Indian journal of veterinary science and animal husbandry - Volumes 15-17, 1948-1951
Year: 1948
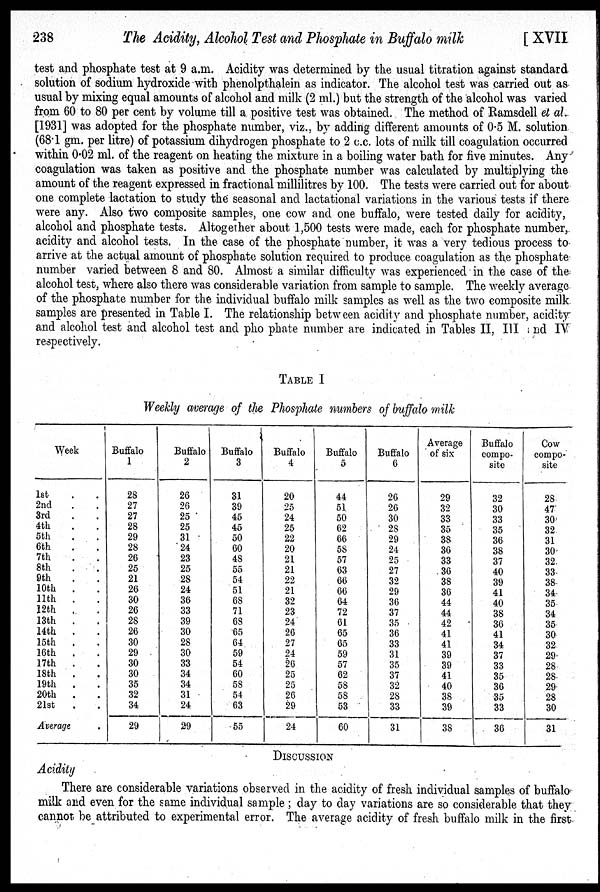
238
The Acidity, Alcohol Test and Phosphate in Buffalo milk
[ XVII
test and phosphate test at 9 a.m. Acidity was determined by the usual titration against standard
solution of sodium hydroxide with phenolpthalein as indicator. The alcohol test was carried out as
usual by mixing equal amounts of alcohol and milk (2 ml.) but the strength of the alcohol was varied
from 60 to 80 per cent by volume till a positive test was obtained. The method of Ramsdell et al.
[1931] was adopted for the phosphate number, viz., by adding different amounts of 0.5 M. solution.
(68.1 gm. per litre) of potassium dihydrogen phosphate to 2 c.c. lots of milk till coagulation occurred
within 0.02 ml. of the reagent on heating the mixture in a boiling water bath for five minutes. Any
coagulation was taken as positive and the phosphate number was calculated by multiplying the
amount of the reagent expressed in fractional millilitres by 100. The tests were carried out for about
one complete lactation to study the seasonal and lactational variations in the various tests if there
were any. Also two composite samples, one cow and one buffalo, were tested daily for acidity,
alcohol and phosphate tests. Altogether about 1,500 tests were made, each for phosphate number,
acidity and alcohol tests. In the case of the phosphate number, it was a very tedious process to
arrive at the actual amount of phosphate solution required to produce coagulation as the phosphate-
number varied between 8 and 80. Almost a similar difficulty was experienced in the case of the
alcohol test, where also there was considerable variation from sample to sample. The weekly average
of the phosphate number for the individual buffalo milk samples as well as the two composite milk
samples are presented in Table I. The relationship between acidity and phosphate number, acidity
and alcohol test and alcohol test and pho phate number are indicated in Tables II, III and IV
respectively.
TABLE I
Weekly average of the Phosphate numbers of buffalo milk
Week
1st . .
2nd . .
3rd . .
4th . .
5th . .
6th . .
7th . .
8th . .
9th . .
10th . .
11th . .
12th . .
13th . .
14th . .
15th . .
16th . .
17th . .
18th . .
19th . .
20th . .
21st . .
Average .
Buffalo
1
28
27
27
28
29
28
26
25
21
26
30
26
28
26
30
29
30
30
35
32
34
29
Buffalo
2
26
26
25
25
31
24
23
25
28
24
36
33
39
30
28
30
33
34
34
31
24
29
Buffalo
3
31
39
45
45
50
60
48
55
54
51
68
71
68
65
64
59
54
60
58
54
63
55
Buffalo
4
20
25
24
25
22
20
21
21
22
21
32
23
24
26
27
24
26
25
25
26
29
24
Buffalo
5
44
51
50
62
66
58
57
63
66
66
64
72
61
65
65
59
57
62
58
58
53
60
Buffalo
6
26
26
30
28
29
24
25
27
32
29
36
37
35
36
33
31
35
37
32
28
33
31
Average
of six
29
32
33
35
38
36
33
36
38
36
44
44
42
41
41
39
39
41
40
38
39
38
Buffalo
compo-
site
32
30
33
35
36
38
37
40
39
41
40
38
36
41
34
37
33
35
36
35
33
36
Cow
compo-
site
28
47
30
32
31
30
32
33
38
34
35
34
35
30
32
29
28
28
29
28
30
31
DISCUSSION
Acidity
There are considerable variations observed in the acidity of fresh individual samples of buffalo
milk and even for the same individual sample ; day to day variations are so considerable that they
cannot be attributed to experimental error. The average acidity of fresh buffalo milk in the first